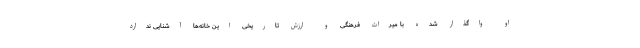
او واگذار شده با میراث فرهنگی و ارزش تاریخی این خانه‌ها آشنایی ندارد